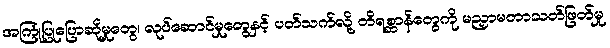
အကြုံပြုပြောဆိုမှုတွေ၊ လုပ်ဆောင်မှုတွေနှင့် ပတ်သက်လို့ တိရစ္ဆာန်တွေကို မညှာမတာသတ်ဖြတ်မှု